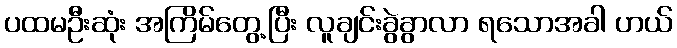
ပထမဦးဆုံး အကြိမ်တွေ့ပြီး လူချင်းခွဲခွာလာ ရသောအခါ ဟယ်